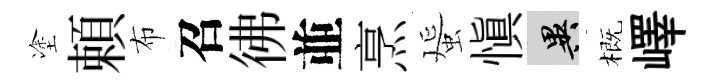
塗頼布召彿並烹蜑慎异概嶧